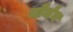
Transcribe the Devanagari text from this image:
नोर्मंन